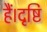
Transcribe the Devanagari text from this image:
हैं।दृष्टि